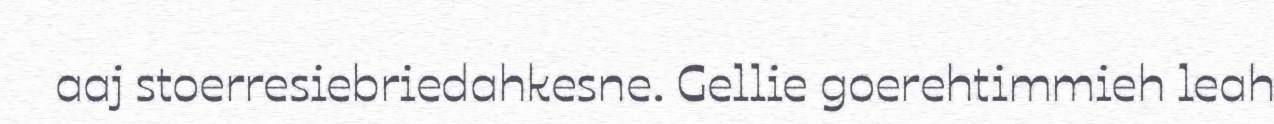
aaj stoerresiebriedahkesne. Gellie goerehtimmieh leah